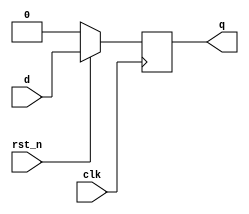
`timescale 1ns / 1ps
//////////////////////////////////////////////////////////////////////////////////
// Company: 
// Engineer: 
// 
// Design Name: 
// Module Name: d_ff_r
// Project Name: 
// Target Devices: 
// Tool Versions: 
// Description: 
// 
// Dependencies: 
// 
// Revision:
// Revision 0.01 - File Created
// Additional Comments:
// 
//////////////////////////////////////////////////////////////////////////////////


module d_ff_r(
input clk,rst_n,d,
output reg q);
always@(posedge clk)
begin
    if(rst_n==0) q <= 1'b0;
    else         q <= d;
end
endmodule